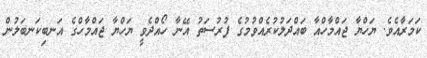
ކަމަރާއެވެ. ޔަހްޔާ ޖައްމާހްއާ ބައްދަލުކުރެއްވުމުގެ ފުރުސަތު އޭނާ ހޯއްދެވީ ޔަހްޔާ ޖައްމާހްގެ އަނބިކަނބަލުން